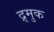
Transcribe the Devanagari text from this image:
द्र्मुक